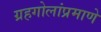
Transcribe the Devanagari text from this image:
ग्रहगोलांप्रमाणे